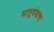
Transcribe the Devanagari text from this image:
मातृवंशाचा